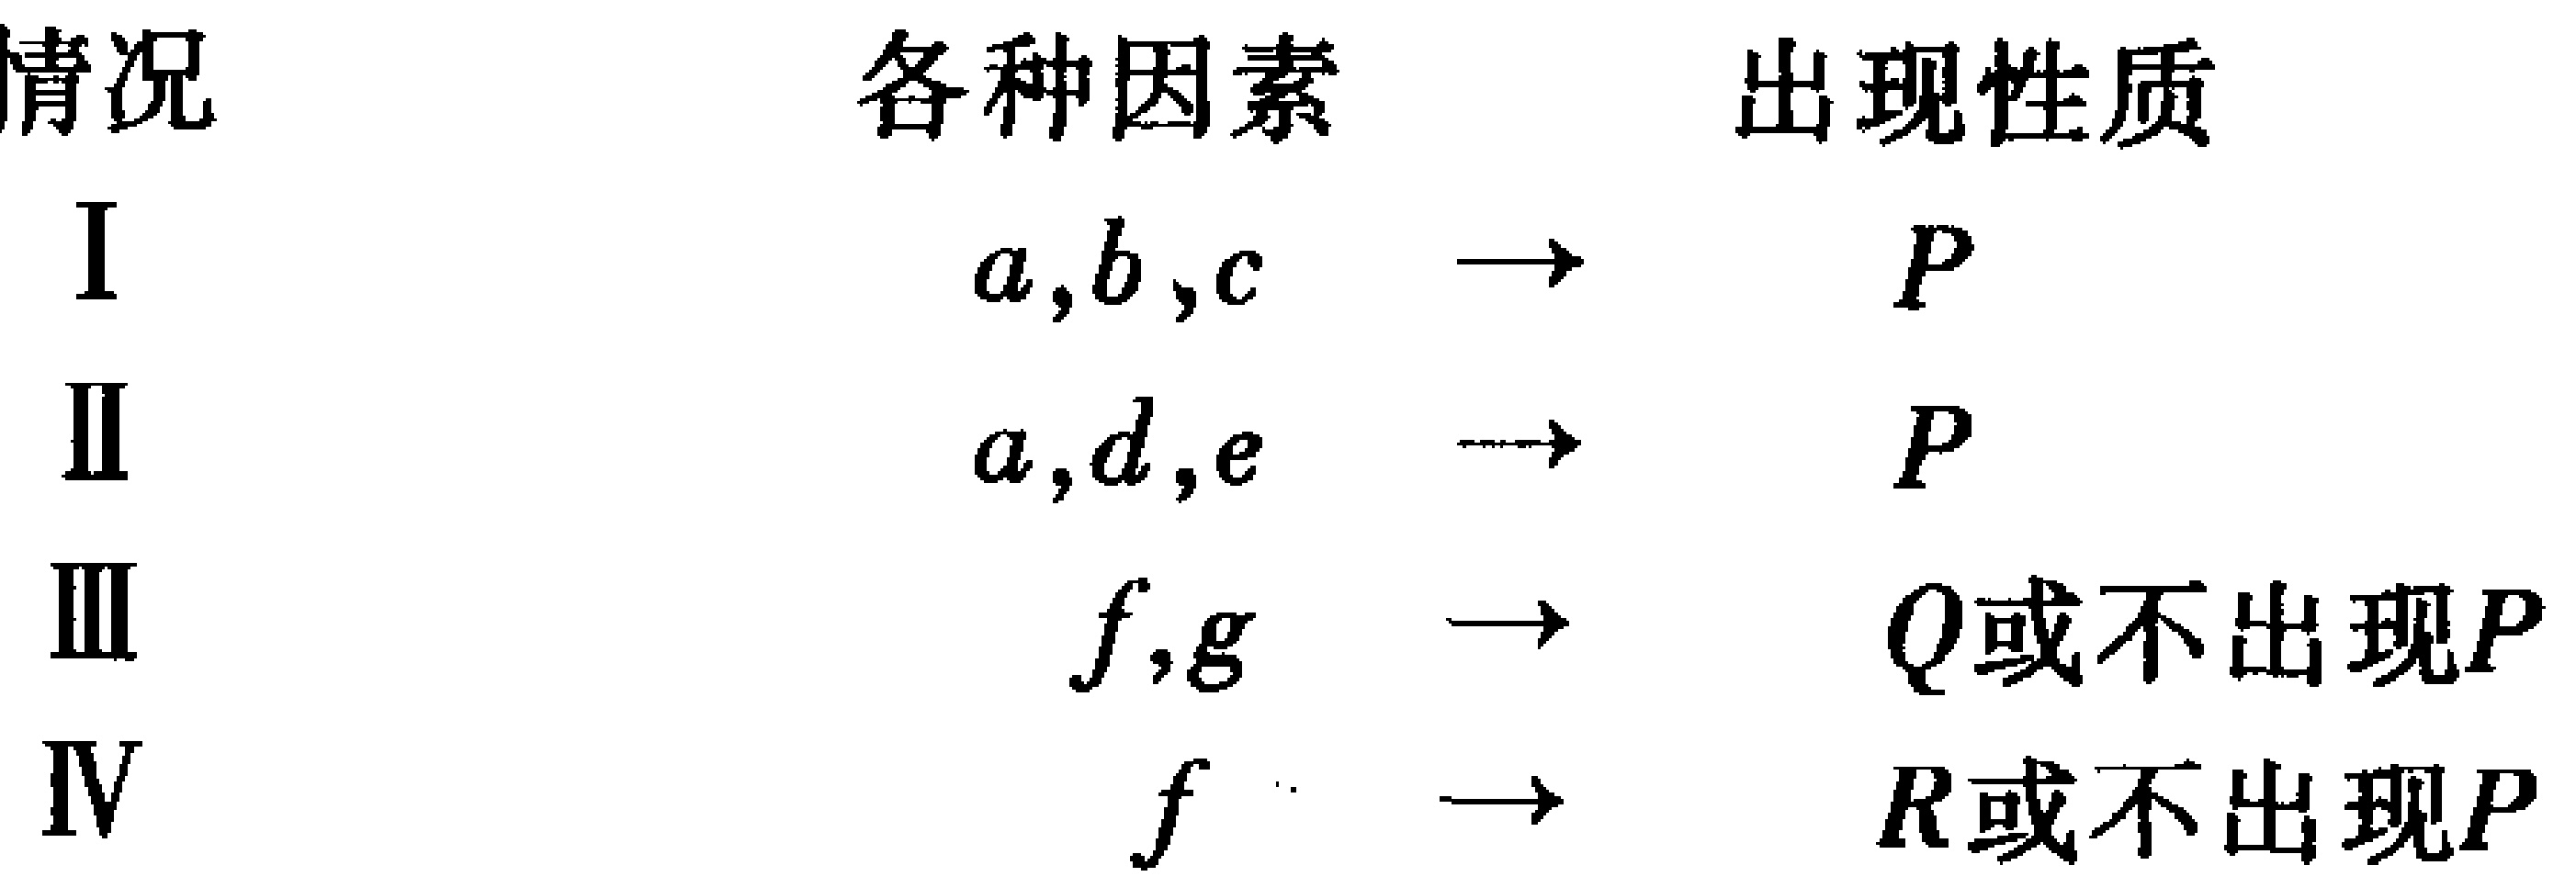
\begin{tabular}{ccc}

情况 & 各种因素 & 出现性质 \\

I & $a,b,c$ & $\to P$ \\

II & $a,d,e$ & $\to P$ \\

III & $f,g$ & $\to Q或不出现P$ \\

IV & $f$ & $\to R或不出现P$ \\

\end{tabular}